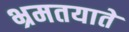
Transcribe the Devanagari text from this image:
भ्रमतयाते